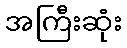
အကြီးဆုံး